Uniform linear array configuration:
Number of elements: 24
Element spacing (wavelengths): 0.25
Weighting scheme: cosine
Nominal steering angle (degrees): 45
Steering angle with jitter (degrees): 46.301
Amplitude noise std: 0.05
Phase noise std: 0.05

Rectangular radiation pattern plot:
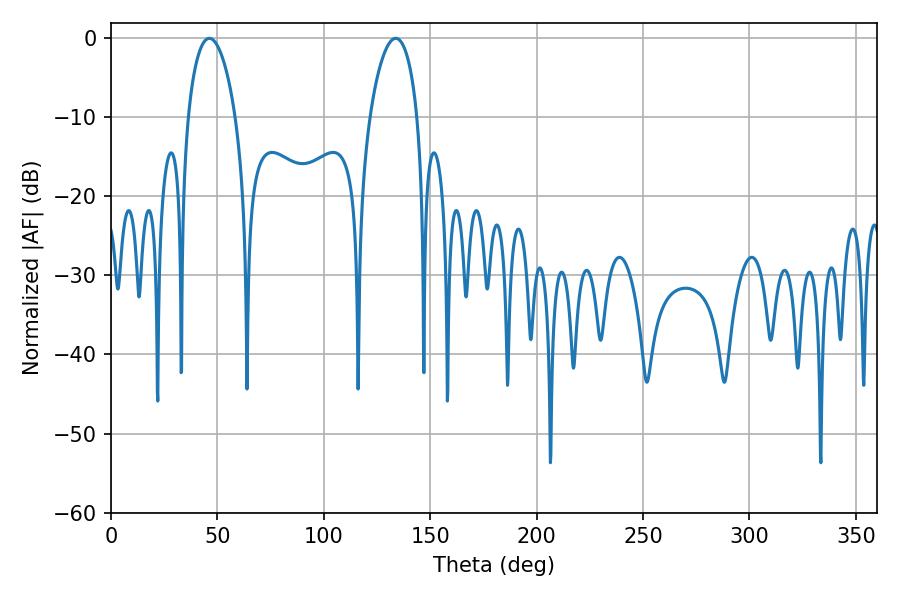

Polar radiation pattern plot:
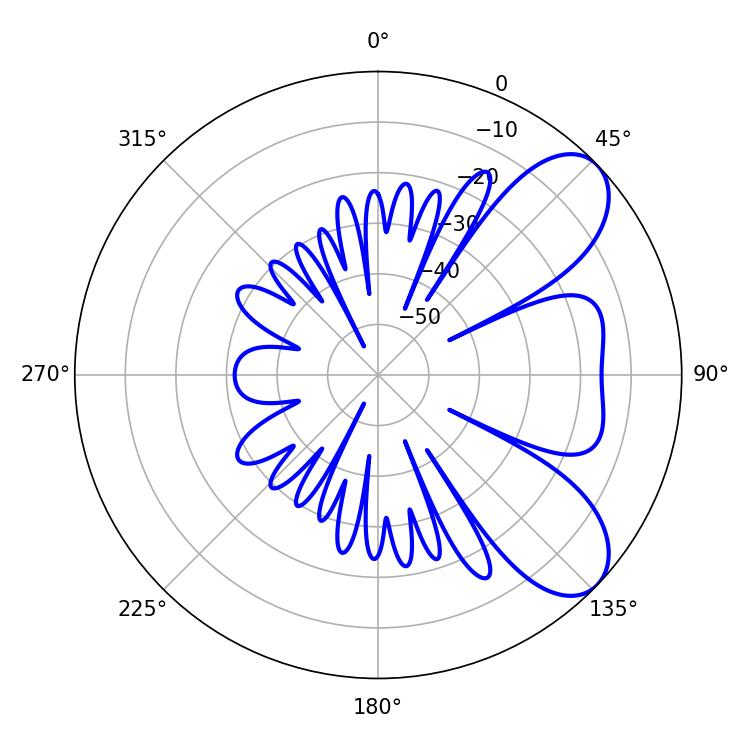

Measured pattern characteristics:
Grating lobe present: FALSE
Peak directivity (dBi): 7.424
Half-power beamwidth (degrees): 12.6
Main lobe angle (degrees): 46.26